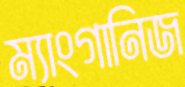
ম্যাংগানিজ